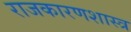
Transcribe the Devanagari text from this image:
राजकारणशास्त्र